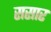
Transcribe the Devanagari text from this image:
ससार